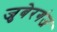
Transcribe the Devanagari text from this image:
जुबेरगंज